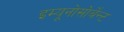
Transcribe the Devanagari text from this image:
इम्यूनोसोर्बेन्ट